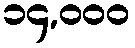
၁၄,၀၀၀